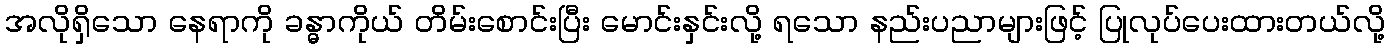
အလိုရှိသော နေရာကို ခန္ဓာကိုယ် တိမ်းစောင်းပြီး မောင်းနှင်းလို့ ရသော နည်းပညာများဖြင့် ပြုလုပ်ပေးထားတယ်လို့